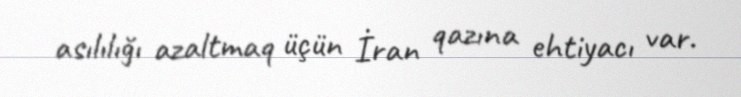
asılılığı azaltmaq üçün İran qazına ehtiyacı var.